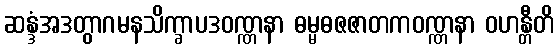
ဆန္ဒံအဒတွာဂမနသိက္ခာပဒဝဏ္ဏနာ ဓမ္မဓဇဇာတကဝဏ္ဏနာ ဝဟန္တီတိ